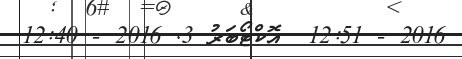
2016 - 12:51  އޮކްޓޯބަރު 3